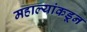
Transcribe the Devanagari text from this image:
महाल्यांकडून